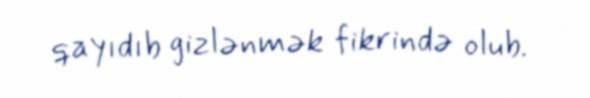
qayıdıb gizlənmək fikrində olub.